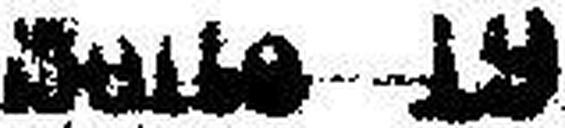
Seite 19